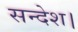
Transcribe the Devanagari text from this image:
सन्देश।